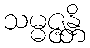
သမ္မဇ္ဇန္တိ